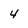
Character: 4